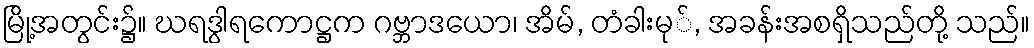
မြို့အတွင်း၌။ ဃရဒွါရကောဋ္ဌက ဂဗ္ဘာဒယော၊ အိမ်, တံခါးမု်, အခန်းအစရှိသည်တို့ သည်။